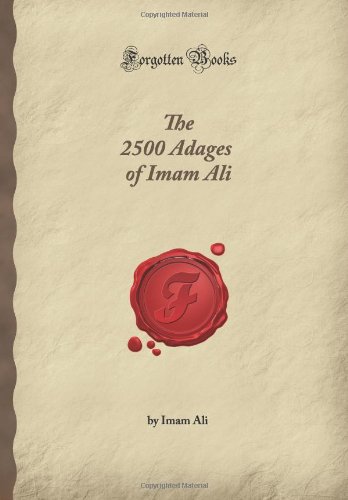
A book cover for The 2500 Adages of Imam Ali (Forgotten Books); Imam Ali; Religion & Spirituality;